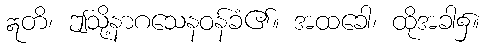
ဣတိ၊ ဤသို့နာဂသေနဝန်ခံ၏။ အထခေါ၊ ထိုအခါ၌။